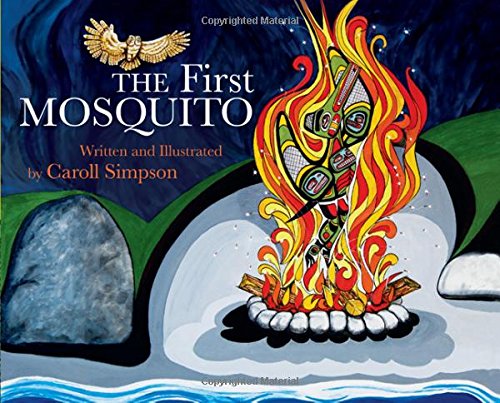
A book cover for The First Mosquito (Coastal Spirit Tales); Caroll Simpson; Children's Books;